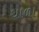
થાળા